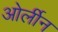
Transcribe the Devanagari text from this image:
ओर्लीन